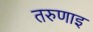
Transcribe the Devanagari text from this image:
तरुणाइ